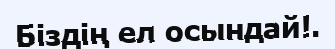
Біздің ел осындай!.